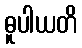
ဓူပါယတိ